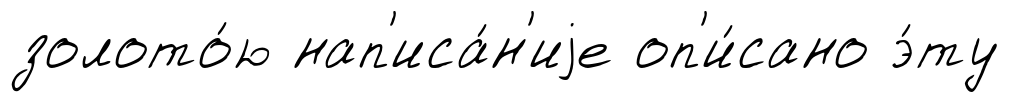
золото́ю нап'иса́н'иjе оп'и́сано э́ту